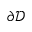
\partial \mathcal { D }